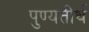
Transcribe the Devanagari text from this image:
पुण्यतीर्थ